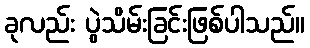
ခုလည်း ပွဲသိမ်းခြင်းဖြစ်ပါသည်။